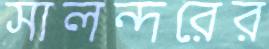
সালন্দরের